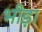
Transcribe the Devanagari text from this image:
भीड़ा